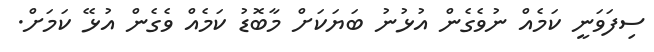
ސިފަވަނީ ކަމެއް ނުވެގެން އުޅުުނު ބަޔަކަށް މާބޮޑު ކަމެއް ވެގެން އުޅޭ ކަމަށް.